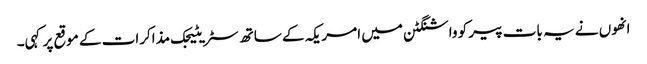
انھوں نے یہ بات پیر کو واشنگٹن میں امریکہ کے ساتھ سٹریٹیجک مذاکرات کے موقع پر کہی۔